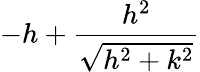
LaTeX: -h+\frac{h^{2}}{\sqrt{h^{2}+k^{2}}}